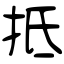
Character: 抵